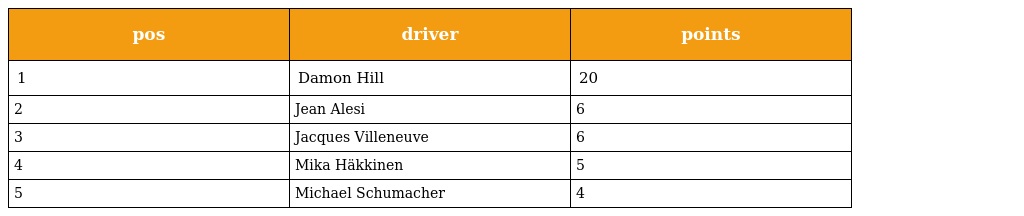
| pos | driver | points |
 | --- | --- | --- |
 | 1 | Damon Hill | 20 |
 | 2 | Jean Alesi | 6 |
 | 3 | Jacques Villeneuve | 6 |
 | 4 | Mika Häkkinen | 5 |
 | 5 | Michael Schumacher | 4 |